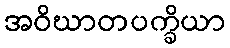
အဝိဃာတပက္ခိယာ